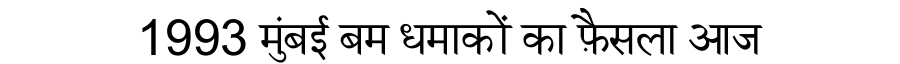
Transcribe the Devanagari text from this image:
1993 मुंबई बम धमाकों का फ़ैसला आज